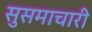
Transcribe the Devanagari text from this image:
सुसमाचारी